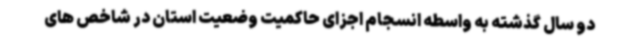
دو سال گذشته به واسطه انسجام اجزای حاکمیت وضعیت استان در شاخص های